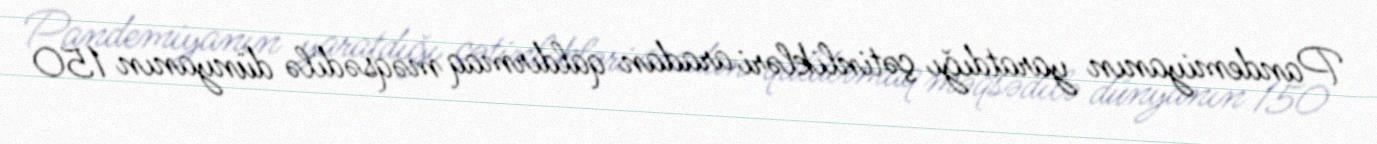
Pandemiyanın yaratdığı çətinlikləri aradan qaldırmaq məqsədilə dünyanın 150